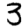
Digit: 3